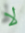
لا